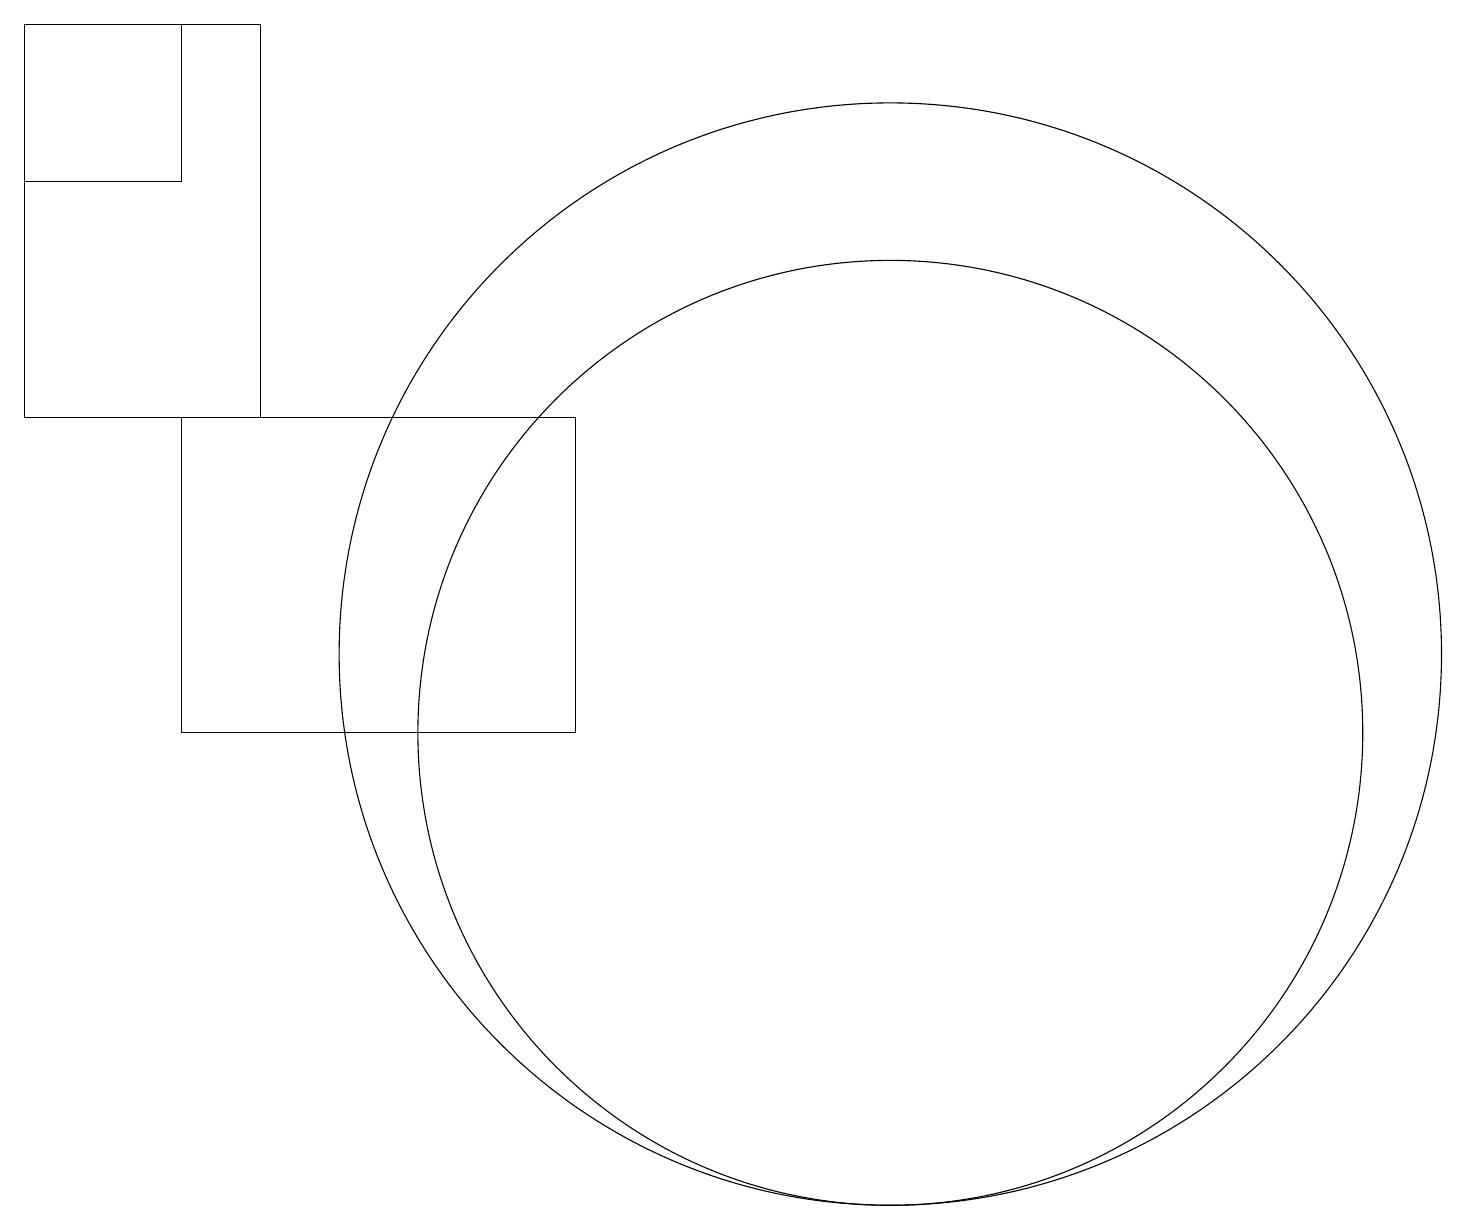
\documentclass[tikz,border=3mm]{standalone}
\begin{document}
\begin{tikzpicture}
\draw (0,14) rectangle (3,19);
\draw (2,10) rectangle (7,14);
\draw (11,11) circle (7);
\draw (11,10) circle (6);
\draw (0,17) rectangle (2,19);
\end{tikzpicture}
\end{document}